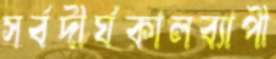
সর্বদীর্ঘকালব্যাপী